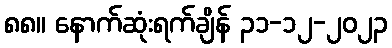
၈၈။ နောက်ဆုံးရက်ချိန် ၃၁-၁၂-၂၀၂၃